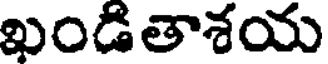
ఖండితాశయ